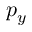
p _ { y }